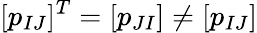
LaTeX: [p_{IJ}]^{T}=[p_{JI}]\neq[p_{IJ}]